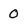
Character: 0